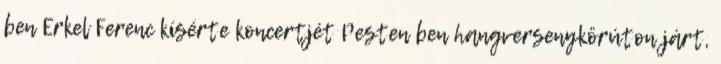
ben Erkel Ferenc kísérte koncertjét Pesten ben hangversenykörúton járt,